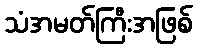
သံအမတ်ကြီးအဖြစ်